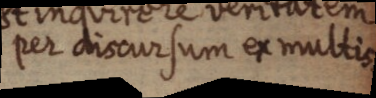
per discursum ex multis